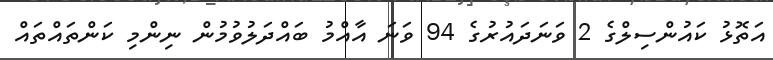
އަތޮޅު ކައުންސިލްގެ 2 ވަނަދައުރުގެ 94 ވަނަ އާއްމު ބައްދަލުވުމުން ނިންމި ކަންތައްތައް